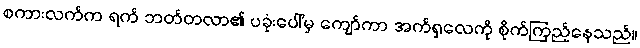
စကားလက်က ရက် ဘတ်တလာ၏ ပခုံးပေါ်မှ ကျော်ကာ အက်ရှလေကို စိုက်ကြည့်နေသည်။